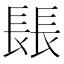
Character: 𨲍